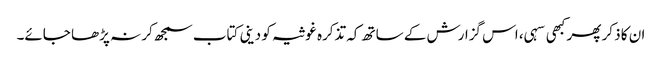
ان کا ذکر پھر کبھی سہی، اس گزارش کے ساتھ کہ تذکرہ غوثیہ کو دینی کتاب سمجھ کر نہ پڑھا جائے۔